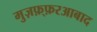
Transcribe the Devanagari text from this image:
मुज़फ़्फ़रआबाद